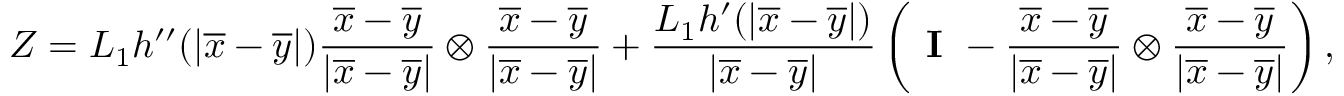
Z = L _ { 1 } h ^ { \prime \prime } ( | \overline { { x } } - \overline { { y } } | ) \frac { \overline { { x } } - \overline { { y } } } { | \overline { { x } } - \overline { { y } } | } \otimes \frac { \overline { { x } } - \overline { { y } } } { | \overline { { x } } - \overline { { y } } | } + \frac { L _ { 1 } h ^ { \prime } ( | \overline { { x } } - \overline { { y } } | ) } { | \overline { { x } } - \overline { { y } } | } \left( \textbf { I } - \frac { \overline { { x } } - \overline { { y } } } { | \overline { { x } } - \overline { { y } } | } \otimes \frac { \overline { { x } } - \overline { { y } } } { | \overline { { x } } - \overline { { y } } | } \right) ,